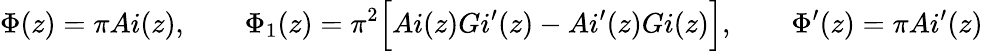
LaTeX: \Phi(z)=\pi Ai(z),\qquad\Phi_{1}(z)=\pi^{2}\Bigl[Ai(z)Gi^{\prime}(z)-Ai^{\prime}(z)Gi(z)\Bigr],\qquad\Phi^{\prime}(z)=\pi Ai^{\prime}(z)